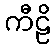
ကီဠိ